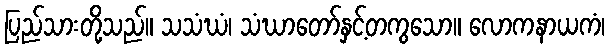
ပြည်သားတို့သည်။ သသံဃံ၊ သံဃာတော်နှင့်တကွသော။ လောကနာယကံ၊